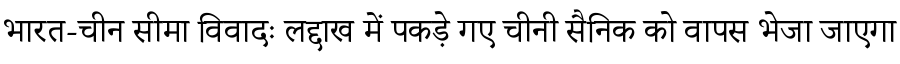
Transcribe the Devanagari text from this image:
भारत-चीन सीमा विवादः लद्दाख में पकड़े गए चीनी सैनिक को वापस भेजा जाएगा